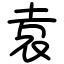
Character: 袁